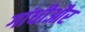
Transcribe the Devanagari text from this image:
गांधीऔर